Distribution and causation of leprosy in British India
Year: 1875
Disease focus: Leprosy
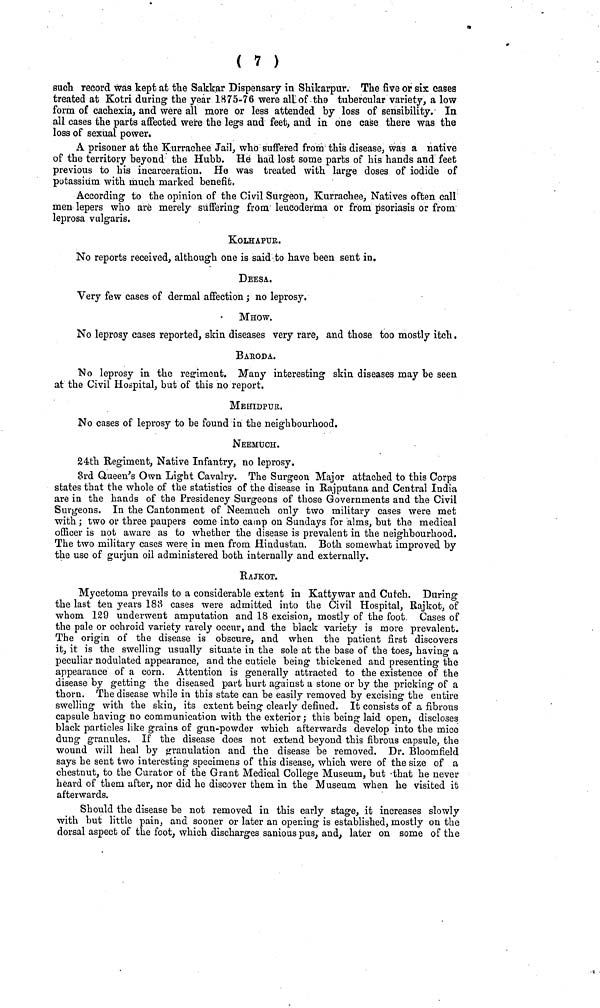
( 7 )
such record was kept at the Sakkar Dispensary in Shikarpur. The five or six oases
treated at Kotri during the year 1875-76 were allof the tubercular variety, a low
form of cachexia, and were all more or less attended by loss of sensibility. In
all cases the parts affected were the legs and feet, and in one case there was the
loss of sexual power.
A prisoner at the Kurrachee Jail, who suffered from this disease, was a native
of the territory beyond the Hubb. He had lost some parts of his hands and feet
previous to his incarceration. He was treated with large doses of iodide of
potassium with much marked benefit.
According to the opinion of tbe Civil Surgeon, Kurrachee, Natives often call
men lepers who are merely suffering from leucoderma or from psoriasis or from
leprosa vulgaris.
KOLHAPUr.
No reports received, although one is said to have been sent in.
DEESA.
Very few cases of dermal affection ; no leprosy.
MHOW.
No leprosy cases reported, skin diseases very rare, and those too mostly itch.
BAEODA.
No leprosy in the regiment. Many interesting skin diseases may be seen
at the Civil Hospital, but of this no report.
MEhIDPUr.
No cases of leprosy to be found in the neighbourhood.
NEEMUCH.
24th Regiment, Native Infantry, no leprosy.
3rd Queen's Own Light Cavalry. The Surgeon Major attached to this Corps
states that the whole of the statistics of the disease in Rajputana and Central India
are in the hands of the Presidency Surgeons of those Governments and the Civil
Surgeons. In the Cantonment of Neemuch only two military cases were met
with ; two or three paupers come into camp on Sundays for alms, but the medical
officer is not aware as to whether the disease is prevalent in the neighbourhood.
The two military cases were in men from Hindustan. Both somewhat improved by
the use of gurjun oil administered both internally and externally.
RAJKOT.
Mycetoma prevails to a considerable extent in Kattywar and Cutch. During
the last ten years 183 cases were admitted into the Civil Hospital, Rajkot, of
whom 129 underwent amputation and 18 excision, mostly of the foot Cases of
the pale or ochroid variety rarely occur, and the black variety is more prevalent.
The origin of the disease is obscure, and when the patient first discovers
it, it is the swelling usually situate in the sole at the base of the toes, having a
peculiar nodulated appearance, and the cuticle being thickened and presenting the
appearance of a corn. Attention is generally attracted to the existence of the
disease by getting the diseased part hurt against a stone or by the pricking of a
thorn. The disease while in this state can be easily removed by excising the entire
swelling with the skin, its extent being clearly defined. It consists of a fibrous
capsule having no communication with the exterior; this being laid open, discloses
black particles like grains of gun-powder which afterwards develop into the mice
dung granules. If the disease does not extend beyond this fibrous capsule, the
wound will heal by granulation and the disease be removed. Dr. Bloomfield
says he sent two interesting specimens of this disease, which were of the size of a
chestnut, to the Curator of the Grant Medical College Museum, but that he never
heard of them after, nor did he discover them in the Museum when he visited it
afterwards.
Should the disease be not removed in this early stage, it increases slowly
with but little pain, and sooner or later an opening is established, mostly on the
dorsal aspect of the foot, which discharges sanious pus, and, later on some of the